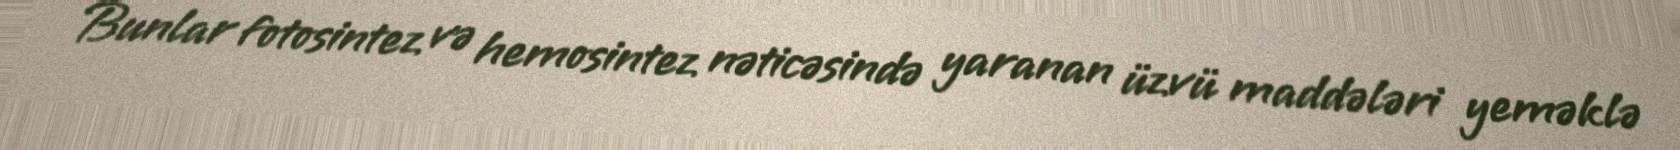
Bunlar fotosintez və hemosintez nəticəsində yaranan üzvü maddələri yeməklə